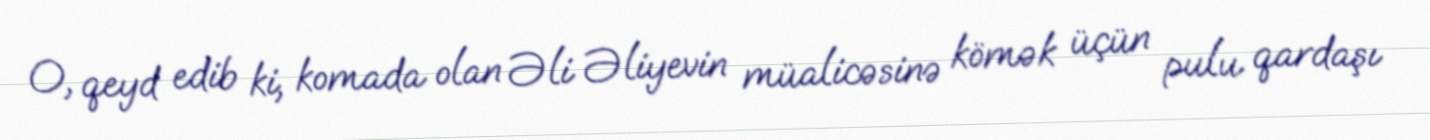
O, qeyd edib ki, komada olan Əli Əliyevin müalicəsinə kömək üçün pulu qardaşı